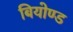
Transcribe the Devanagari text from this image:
बियोण्ड